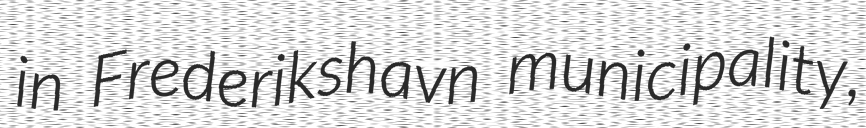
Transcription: in Frederikshavn municipality,